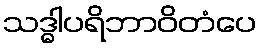
သဒ္ဓါပရိဘာဝိတံပေ